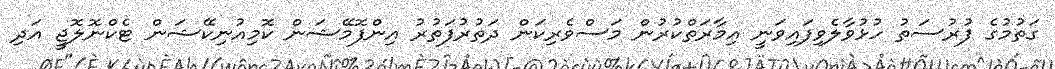
ގަތުމުގެ ފުރުސަތު ހުޅުވާލެވިފައިވަނީ އިމާރަތްކުރުން މަސްވެރިކަން ދަތުރުފަތުރު އިންފޮމޭޝަން ކޮމިއުނިކޭޝަން ޓެކްނޮލޮޖީ އަދި